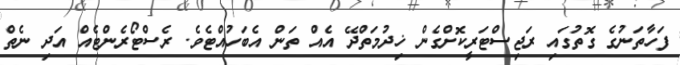
ފަހާތަނުގެ ގޮތުގައި ރަޖިސްޓަރީކޮށްގެން ޚިދުމަތްދޭ އެއް ތަން އެބަހުއްޓެވެ. ރެސްޓޯރެންޓެއް އަދި ނެތް